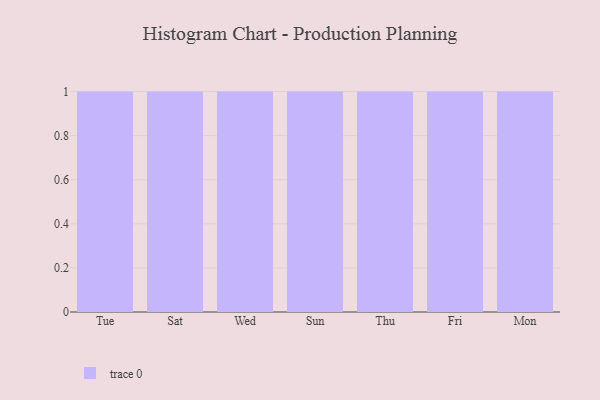
{"axis": {"x": "Day", "y": "Waste Production (Tons)"}, "legend": [""], "data": [{"x": "Tue", "y": 43, "type": ""}, {"x": "Sat", "y": 50, "type": ""}, {"x": "Wed", "y": 29, "type": ""}, {"x": "Sun", "y": 85, "type": ""}, {"x": "Thu", "y": 53, "type": ""}, {"x": "Fri", "y": 99, "type": ""}, {"x": "Mon", "y": 55, "type": ""}]}